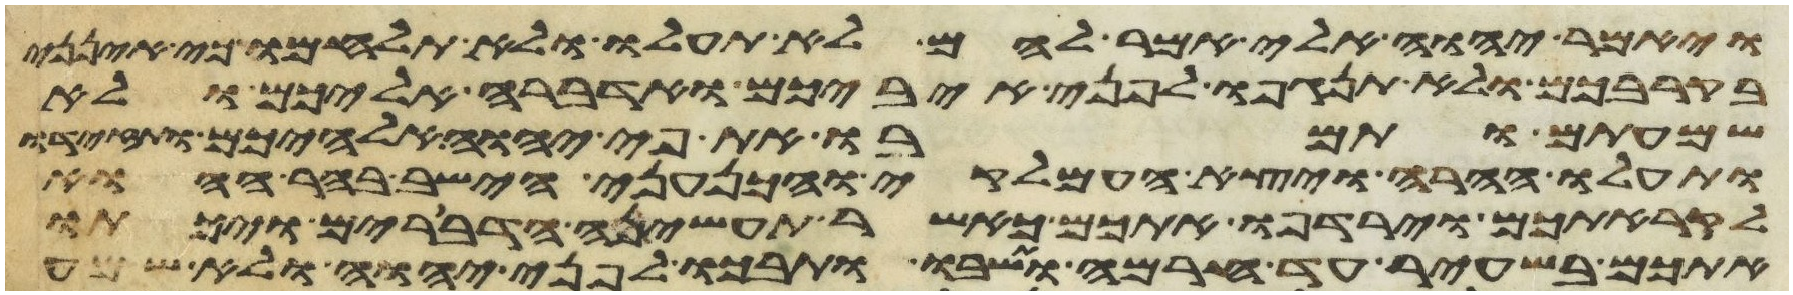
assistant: ויאמר יהוה אלי אמר להם לא תעלו ולא תלחמו כי אינני
בקרבכם ולא תנגפו לפני איביכם ואדברה אליכם ולא
שמעתם ותמרו את פי יהוה אלהיכם ותזידו
ותעלו ההרה ויצא העמלקי והכנעני הישב בהר ההוא
לקראתכם וירדפו אתכם כאשר תעשינה הדברים ויכתו
אתכם בשעיר עד חרמה ותשבו ותבכו לפני יהוה ולא שמע